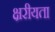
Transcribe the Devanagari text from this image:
क्षरीयता